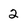
Character: 2